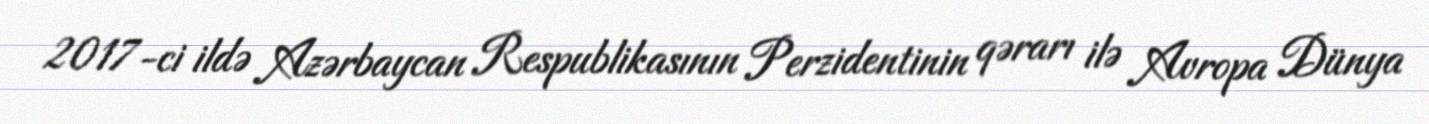
2017-ci ildə Azərbaycan Respublikasının Perzidentinin qərarı ilə Avropa Dünya